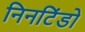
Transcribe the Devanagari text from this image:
निनटिंडो